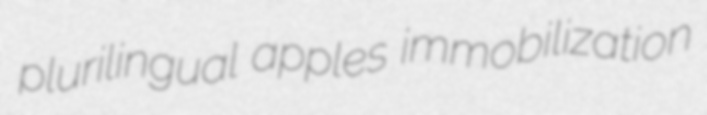
plurilingual apples immobilization